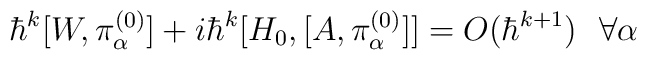
\hbar^{k} [W , \pi^{(0)}_\alpha ] +i \hbar^{k}  [H_0,[ A,\pi^{(0)}_\alpha ]] = O(\hbar^{k+1}) ~~ \forall \alpha